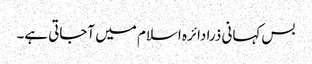
بس کہانی ذرا دائرہ اسلام میں آجاتی ہے۔